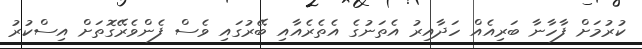
ކުރުމަށް ފާހާނާ ބަރިއެއް ހަދާއިރު އެތަނުގެ އެތެރެއާއި ބޭރުގައި ވެސް ފެންވެރޭގޮތަށް އިސްކުރު